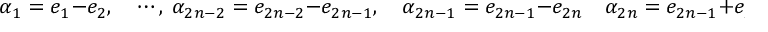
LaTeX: \alpha _ { 1 } = e _ { 1 } - e _ { 2 } , \quad \cdots , \ \alpha _ { 2 n - 2 } = e _ { 2 n - 2 } - e _ { 2 n - 1 } , \quad \alpha _ { 2 n - 1 } = e _ { 2 n - 1 } - e _ { 2 n } \quad \alpha _ { 2 n } = e _ { 2 n - 1 } + e _ { 2 n }